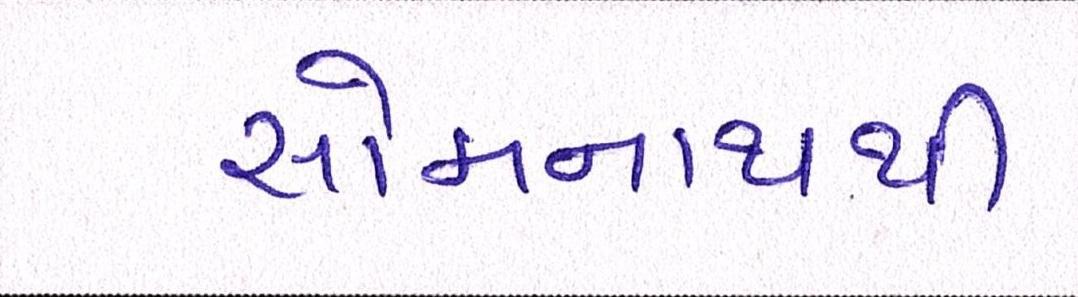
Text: સોમનાથથી